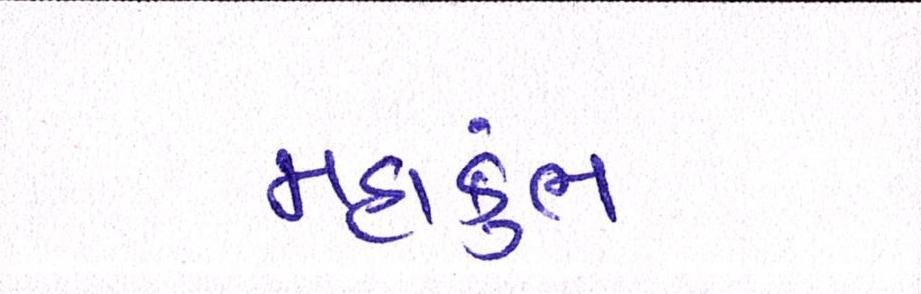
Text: મહાકુંભ